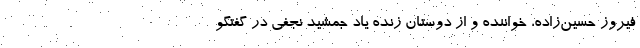
فیروز حسین‌زاده، خواننده و از دوستان زنده یاد جمشید نجفی در گفتگو